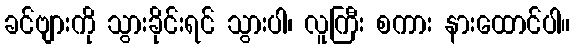
ခင်ဗျားကို သွားခိုင်းရင် သွားပါ၊ လူကြီး စကား နားထောင်ပါ။